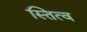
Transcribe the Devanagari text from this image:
स्तित्व